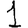
Digit: 1